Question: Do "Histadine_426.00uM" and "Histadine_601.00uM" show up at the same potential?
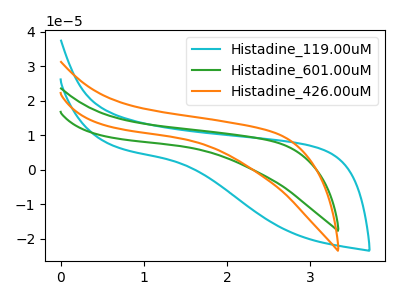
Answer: <think>The cyan curve "Histadine_119.00uM" has no peaks. The green curve "Histadine_601.00uM" has no peaks. The orange curve "Histadine_426.00uM" has no peaks.
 Neither "Histadine_426.00uM" or "Histadine_601.00uM" have any peaks.</think>
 <answer>"Histadine_426.00uM" and "Histadine_601.00uM" are similar in shape.</answer>
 <eval>same_shape</eval>